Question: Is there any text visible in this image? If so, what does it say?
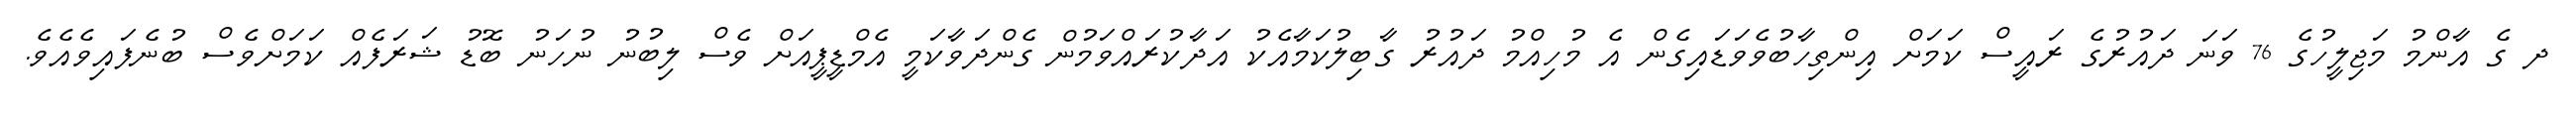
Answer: ދ ގެ އާންމު މަޖިލީހުގެ 76 ވަނަ ދައުރުގެ ރައީސް ކަމަށް އިންތިހާބުވެވަޑައިގެން އެ މުހިއްމު ދައުރު ގާބިލުކަމާއެކު އަދާކުރައްވަމުން ގެންދަވާކަމީ އެމްޑީޕީއަށް ވެސް ލިބުނު ނުހަނު ބޮޑު ޝަރަފެއް ކަމަށްވެސް ބުނެފައިވެއެވެ.